Account of plague administration in the Bombay Presidency from September 1896 till May 1897
Year: 1896
Disease focus: Plague
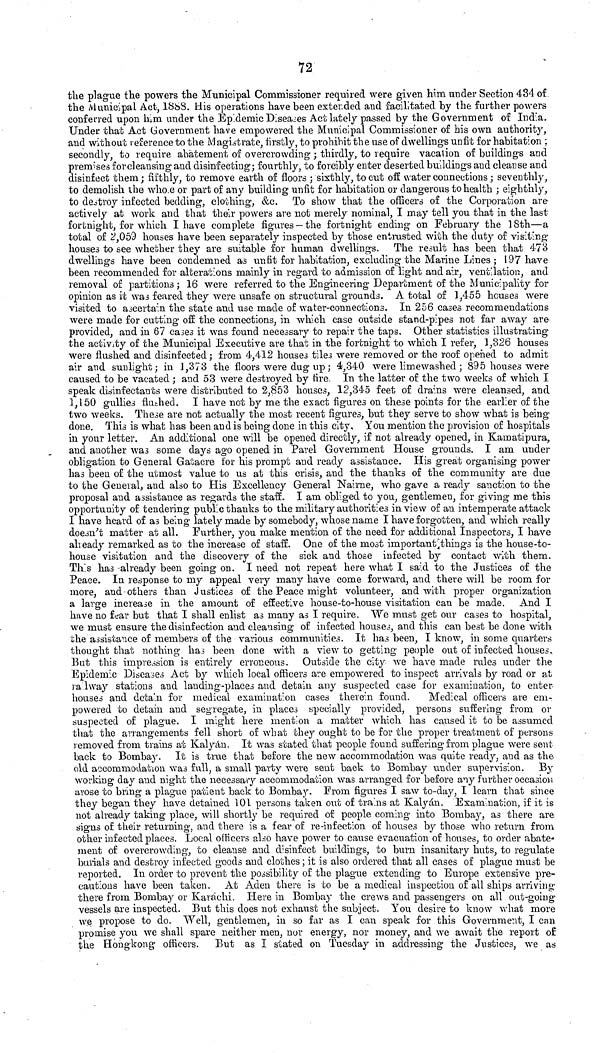
72
the plague the powers the Municipal Commissioner required were given him under Section 434 of
the Municipal Act, 1888. His operations have been extended and facilitated by the further powers
conferred upon him under the Epidemic Diseases Act lately passed by the Government of India.
Under that Act Government have empowered the Municipal Commissioner of his own authority,
and without reference to the Magistrate, firstly, to prohibit the use of dwellings unfit for habitation ;
secondly, to require abatement of overcrowding ; thirdly, to require vacation of buildings and
premises for cleansing and disinfecting; fourthly, to forcibly enter deserted buildings and cleanse and
disinfect them; fifthly, to remove earth of floors ; sixthly, to cut off water connections ; seventhly,
to demolish the whole or part of any building unfit for habitation or dangerous to health ; eighthly,
to destroy infected bedding, clothing, &c. To show that the officers of the Corporation are
actively at work and that their powers are not merely nominal, I may tell you that in the last
fortnight, for which I have complete figures —the fortnight ending on February the 18th—a
total of 2,059 houses have been separately inspected by those entrusted with the duty of visiting
houses to see whether they are suitable for human dwellings. The result has been that 473
dwellings have been condemned as unfit for habitation, excluding the Marine Lines ; 197 have
been recommended for alterations mainly in regard to admission of light and air, ventilation, and
removal of partitions ; 16 were referred to the Engineering Department of the Municipality for
opinion as it was feared they were unsafe on structural grounds. A total of 1,455 houses were
visited to ascertain the state and use made of water-connections. In 256 cases recommendations
were made for cutting off the connections, in which case outside stand-pipes not far away are
provided, and in 67 cases it was found necessary to repair the taps. Other statistics illustrating
the activity of the Municipal Executive are that in the fortnight to which I refer, 1,326 houses
were flushed and disinfected ; from 4,412 houses tiles were removed or the roof opened to admit
air and sunlight; in 1,373 the floors were dug up ; 4,340 were limewashed ; 895 houses were
caused to be vacated ; and 53 were destroyed by fire. In the latter of the two weeks of which I
speak disinfectants were distributed to 2,853 houses, 12,345 feet of drains were cleansed, and
1,150 gullies flushed. I have not by me the exact figures on these points for the earlier of the
two weeks. These are not actually the most recent figures, but they serve to show what is being-
done. This is what has been and is being done in this city, You mention the provision of hospitals
in your letter. An additional one will be opened directly, if not already opened, in Kamatipura,
and another was some days ago opened in Parel Government House grounds. I am under
obligation to General Gatacre for his prompt and ready assistance. His great organising power
has been of the utmost value to us at this crisis, and the thanks of the community are due
to the General, and also to His Excellency General Nairne, who gave a ready sanction to the
proposal and assistance as regards the staff. I am obl : ged to you, gentlemen, for giving me this
opportunity of tendering public thanks to the military authorities in view of an intemperate attack
I have heard of as being lately made by somebody, whose name I have forgotten, and which really
doesn't matter at all. Further, you make mention of the need for additional Inspectors, I have
already remarked as to the increase of staff. One of the most important things is the house-to-
house visitation and the discovery of the sick and those infected by contact with them.
This has already been going on. I need not repeat here what I said to the Justices of the
Peace. In response to my appeal very many have come forward, and there will be room for
more, and others than Justices of the Peace might volunteer, and with proper organization
a large increase in the amount of effective house-to-house visitation can be made. And I
have no fear but that I shall enlist as many as I require. We must get our cases to hospital,
we must ensure the disinfection and cleansing of infected houses, and this can best be done with
the assistance of members of the various communities. It has been, I know, in some quarters
thought that nothing has been done with a view to getting people out of infected houses.
But this impression is entirely erroneous. Outside the city we have made rules under the
Epidemic Diseases Act by which local officers are empowered to inspect arrivals by road or at
railway stations and landing-places and detain any suspected case for examination, to enter-
houses and detain for medical examination cases therein found.
Medical officers are em-
powered to detain and segregate, in places specially provided, persons suffering from or
suspected of plague. I might here mention a matter which has caused it to be assumed
that the arrangements fell short of what they ought to be for the proper treatment of persons
removed from trains at Kalyán. It was stated that people found suffering from plague were sent
back to Bombay. It is true that before the new accommodation was quite ready, and as the
old accommodation was full, a small party were sent back to Bombay under supervision. By
working day and night the necessaiy accommodation was arranged for before any further occasion
arose to bring a plague patient back to Bombay. From figures I saw to-day, I learn that since
they began they have detained 101 persons taken out of trains at Kalyán. Examination, if it is
not already taking place, will shortly be required of people coming into Bombay, as there are
signs of their returning, and there is a fear of re-infection of houses by those who return from
other infected places. Local officers also have power to cause evacuation of houses, to order abate-
ment of overcrowding, to cleanse and disinfect buildings, to burn insanitary huts, to regulate
burials and destroy infected goods and clothes ; it is also ordered that all cases of plague must be
reported. In order to prevent the possibility of the plague extending to Europe extensive pre-
cautions have been taken. At Aden there is to be a medical inspection of all ships arriving
there from Bombay or Karáchi. Here in Bombay the crews and passengers on all out-going
vessels are inspected. But this does not exhaust the subject. You desire to know what more
we propose to do. Well, gentlemen, in so far as I can speak for this Government, I can
promise you we shall spare neither men, nor energy, nor money, and we await the report of
the Hongkong officers.
But as I stated on Tuesday in addressing the Justices, we as